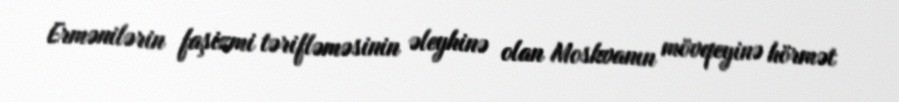
Ermənilərin faşizmi tərifləməsinin əleyhinə olan Moskvanın mövqeyinə hörmət